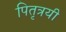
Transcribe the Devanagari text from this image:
पितृत्रयी